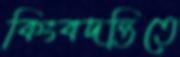
কিংবদন্তিতে